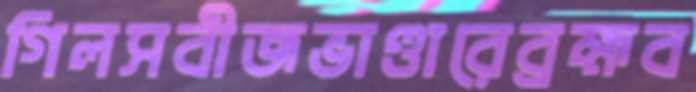
গিলসবীজভাণ্ডারেব্রহ্মব